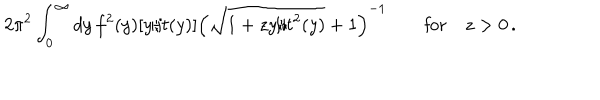
LaTeX: 2 \pi ^ { 2 } \int _ { 0 } ^ { \infty } d y \, f ^ { 2 } ( y ) [ y / t ( y ) ] \left( \sqrt { 1 + z y / t ^ { 2 } ( y ) } + 1 \right) ^ { - 1 } \qquad \mathrm { f o r } \quad z > 0 \, .